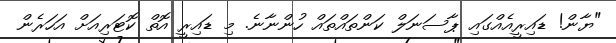
"ޔާން! ޑައިރީއެއްގައި ޕާސަނަލް ކަންތައްތައް ހުންނާނެ. މި ޑައިރީ އޮތް ކޮޓަރިއަށް އަހަރެން